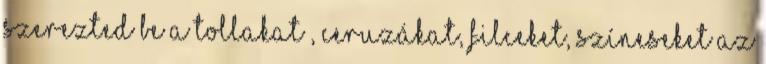
szerezted be a tollakat , ceruzákat, filceket, színeseket az